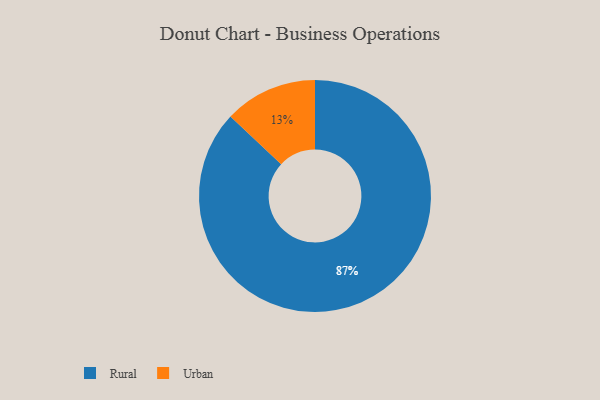
{"axis": {"x": "Category", "y": "Percentage"}, "legend": ["Rural", "Urban"], "data": [{"x": "Rural", "y": 87, "type": "Rural"}, {"x": "Urban", "y": 13, "type": "Urban"}]}